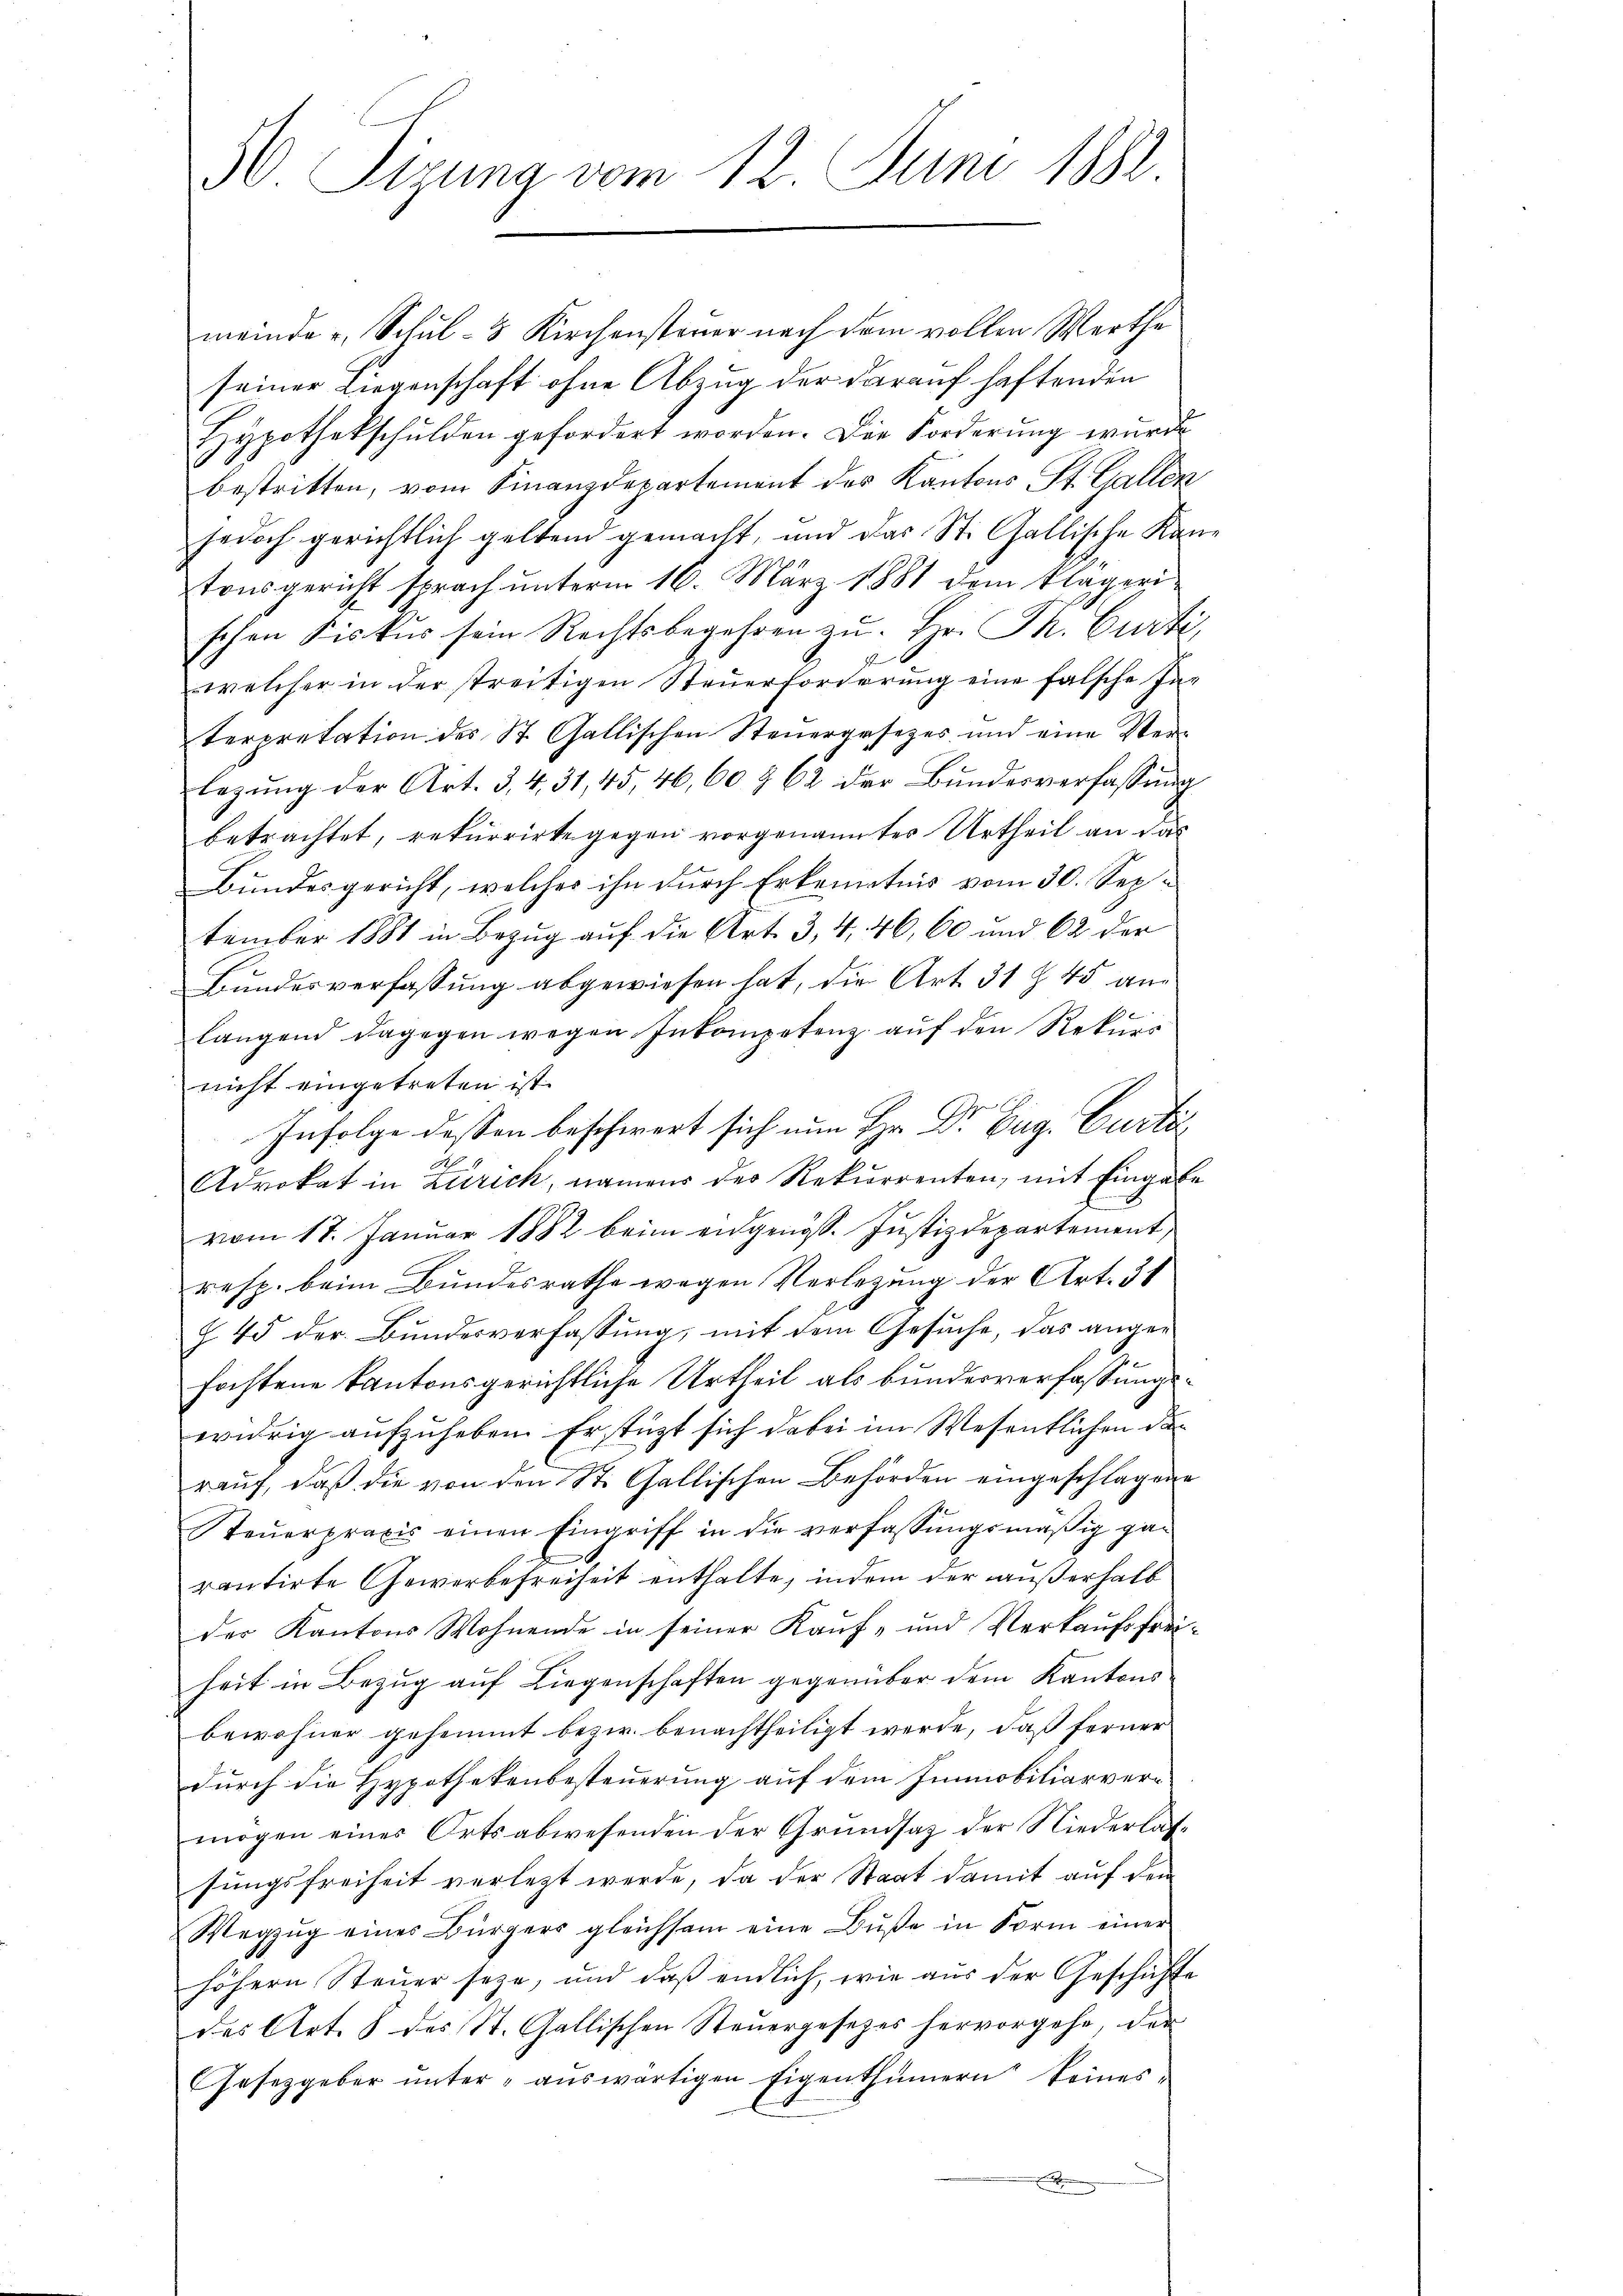
30. Sizung vom 12. Juni 1882

meinde u. Schul- & Kirchensteuer nach dem vollen Werthe
seiner Liegenschaft ohne Abzug der darauf haftenden
Hypothekschulden gefordert worden. Die Forderung wurde
bestritten, vom Finanzdepartement des Kantons St. Gallen
jedoch gerichtlich geltend gemacht, und das St. Gallische Kan
tonsgericht sprach unterm 16. März 1881 dem Klägeri
schen Fiskus sein Rechtsbegehren zŭ Hr. Th. Curti,
welcher in der streitigen Steŭerforderŭng eine falsche In-
terpretation des St. Gallischen Steuergesezes und eine Verlegung der Art. 3, 4, 31, 45, 46, 60 § 62 der Bundesverfassung
betrachtet, rekurrirte gegen vorgenannter Urtheil an das
Bundesgericht, welches ihn durch Erkenntnis vom 30. September 1881 in Bezug auf die Art. 3, 4, 46, 60 und 62 der
Bundesverfassung abgewiesen hat, die Art. 31 § 45 anlangend dagegen wegen Inkompetenz aŭf den Rekurr
nicht eingetreten ist.
Infolge dessen beschwert sich nun Hr. Dr Eug. Curti,
d
Advokat in Zürich, namens der Rekurrenten, mit Eingabe
vom 17. Januar 1882 beim eidgenöss. Justizdepartement,
resp. beim Bundesrathe wegen Verlegung der Art. 31
§ 45 der Bundesverfassung, mit dem Gesuche, das angefochtene Kantonsgerichtliche Urtheil als bundesverfassungswidrig aufzuheben. Erstüzt sich dabei im Wesentlichen der
rauf, daß die von den St. Gallischen Behörden eingeschlagene
teŭerpraxis einen Eingriff in die verfassungsmäßig ge¬
.
rantirte Gewerbefreiheit enthalte, indem der außerhalb
der Kantons Wohnende in seiner Kauf- und Verkaufsfreiheit in Bezug auf Liegenschaften gegenüber dem Kantons
bewohner gehemmt bezw. benachtheiligt werde, daß ferner
durch die Hypothekenbesteuerung auf dem Immobiliarvermögen eines Ortsabwesenden der Grundsatz der Niederlassungsfreiheit verletzt werde, da der Staat damit auf den
Wegzŭg eines Bürgers gleichsam eine Bŭβe in Form einer
höhern Steŭer seze, und daß endlich, wie aŭs der Geschichte
des Art. 8 des St. Gallischen Steuergesezes hervorgehe, der
Gesetzgeber ŭnter aŭswärtigen Eigenthümern keines